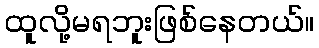
ထူလို့မရဘူးဖြစ်နေတယ်။